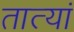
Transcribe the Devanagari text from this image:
तात्यां